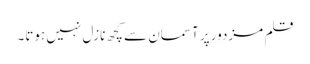
قلم مزدور پر آسمان سے کچھ نازل نہیں ہوتا۔